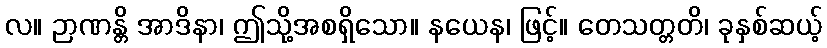
လ။ ဉာဏန္တိ အာဒိနာ၊ ဤသို့အစရှိသော။ နယေန၊ ဖြင့်။ တေသတ္တတိ၊ ခုနှစ်ဆယ့်